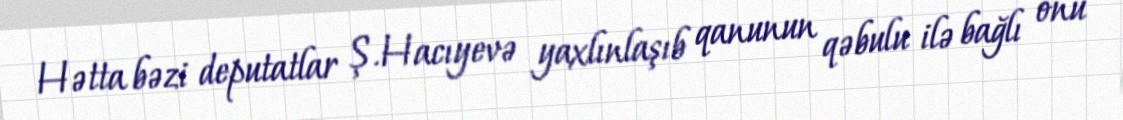
Hətta bəzi deputatlar Ş.Hacıyevə yaxlınlaşıb qanunun qəbulu ilə bağlı onu